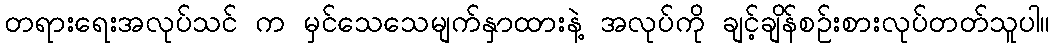
တရားရေးအလုပ်သင် က မှင်သေသေမျက်နှာထားနဲ့ အလုပ်ကို ချင့်ချိန်စဉ်းစားလုပ်တတ်သူပါ။